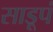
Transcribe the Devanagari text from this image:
साडूपं